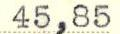
45,85